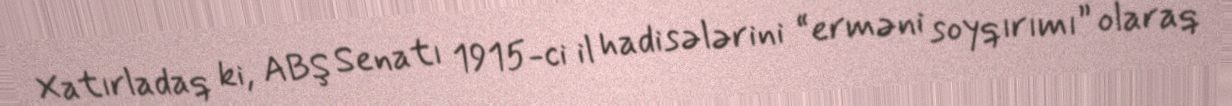
Xatırladaq ki, ABŞ Senatı 1915-ci il hadisələrini “erməni soyqırımı” olaraq